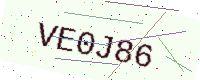
Text: VE0J86